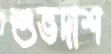
শুভদাশ